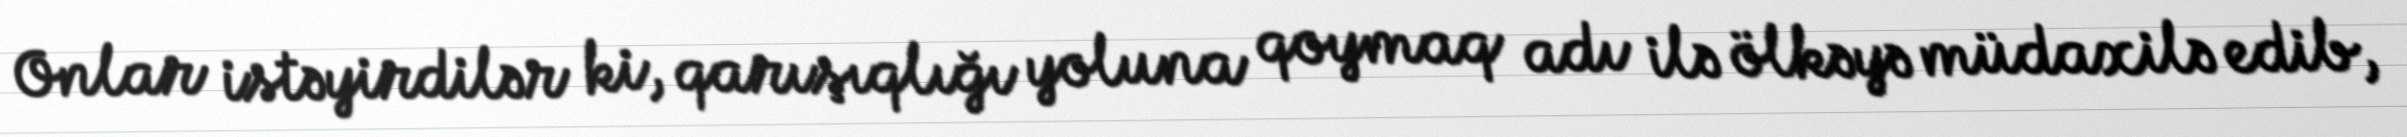
Onlar istəyirdilər ki, qarışıqlığı yoluna qoymaq adı ilə ölkəyə müdaxilə edib,